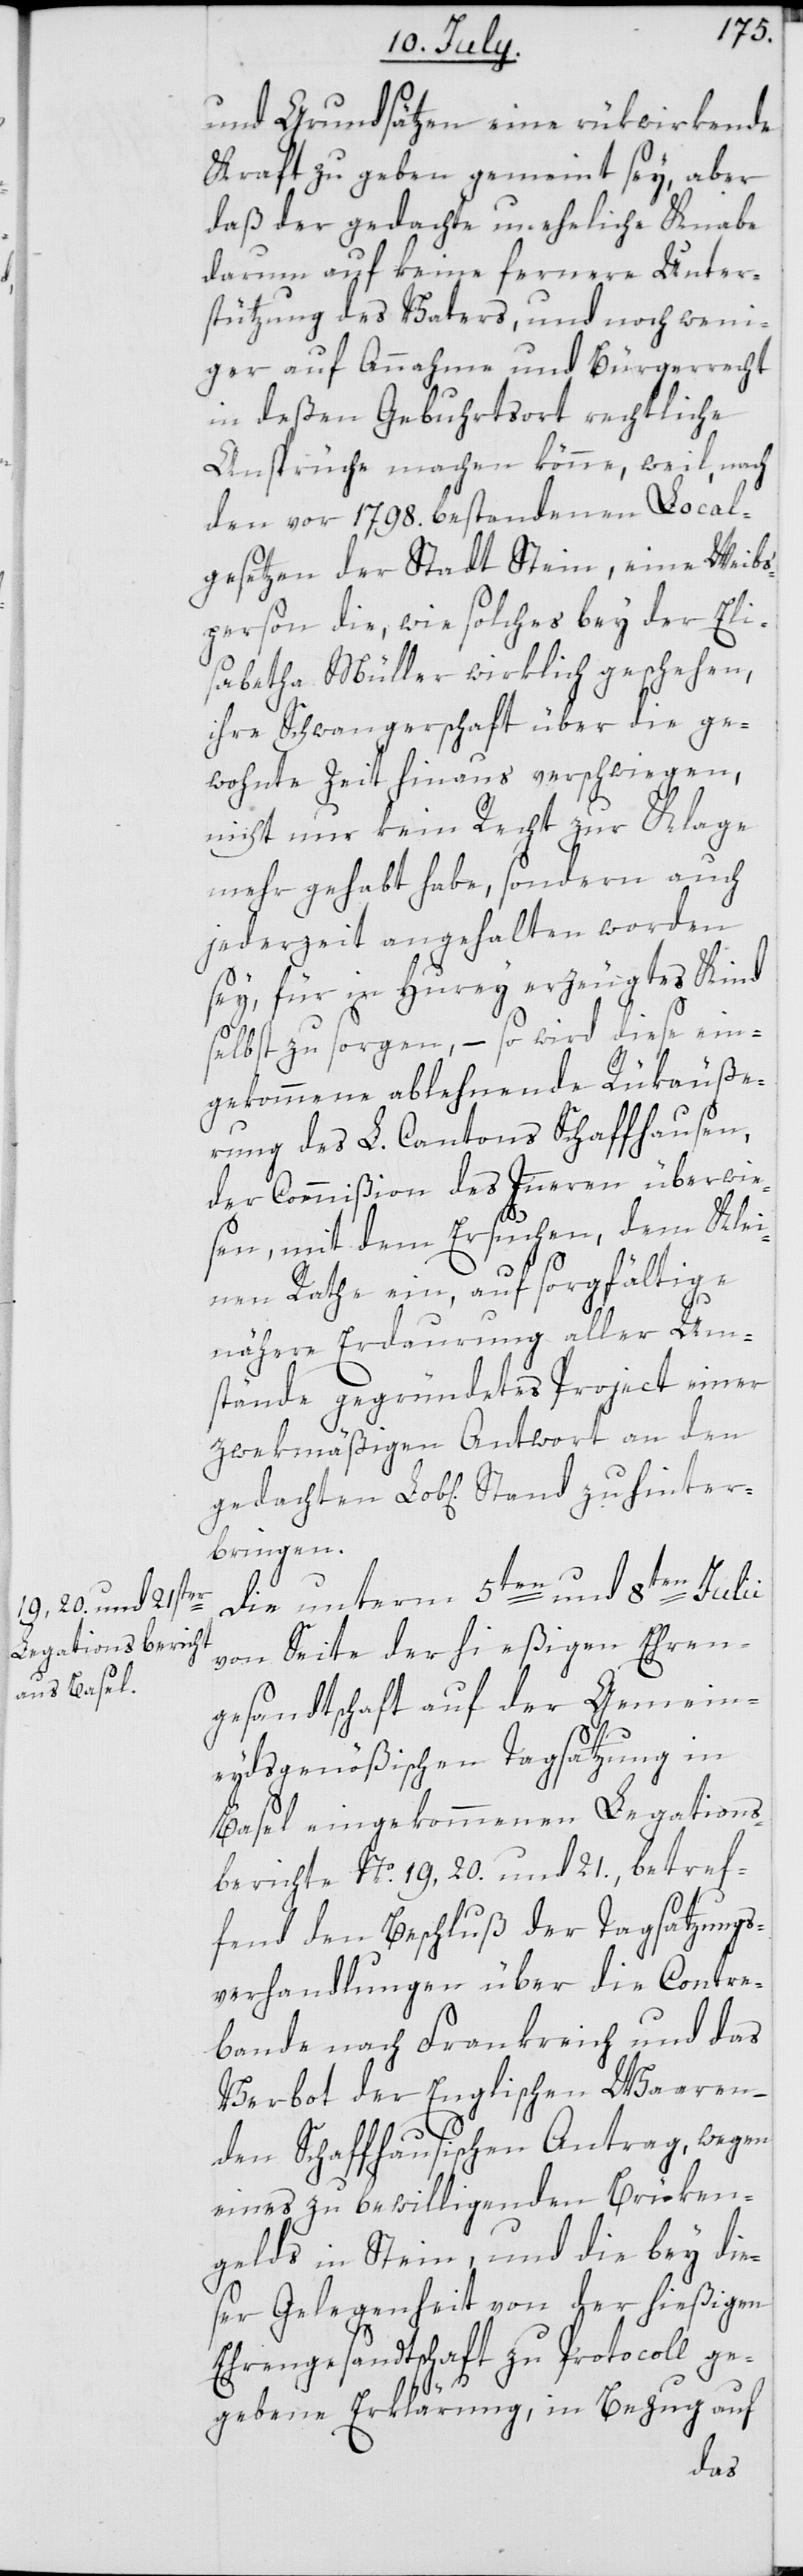
und Grundsätzen eine rükwirkende
Kraft zu geben gemeint sey, aber
daß der gedachte uneheliche Knabe
darum auf keine fernere Unter¬
stützung des Vaters, und noch weni¬
ger auf Annahme und Bürgerrecht
in deßen Geburtsort rechtliche
Ansprüche machen könne, weil, nach
den vor 1798. bestandenen Local¬
gesetzen der Stadt Stein, eine Weibs¬
person die, wie solches bey der Eli¬
sabetha Müller wirklich geschehen,
ihre Schwangerschaft über die ge¬
wohnte Zeit hinaus verschwiegen,
nicht nur kein Recht zur Klage
mehr gehabt habe, sondern auch
jederzeit angehalten worden
sey, für in Hurey erzeugtes Kind
selbst zu sorgen, – so wird diese ein¬
gekommene ablehnende Rükäuße¬
rung des L. Cantons Schaffhausen,
der Commißion des Innern überwie¬
sen, mit dem Ersuchen, dem Klei¬
nen Rathe ein, auf sorgfältige
ter¬
nähere Erdaurung aller Um¬
stände gegründetes Project einer
zwekmäßigen Antwort an den
bringen.
Die unterm 5ten und 8ten Julii
von Seite der hießigen Ehren¬
gesandtschaft auf der Gemein¬
eydsgenößischen Tagsatzung in
Basel eingekommenen Legations¬
berichte No. 19, 20. und 21., betref¬
fend den Beschluß der Tagsatzungs¬
verhandlungen über die Contre¬
bande nach Frankreich und das
Verbot der Englischen Waaren,
den Schaffhausischen Antrag, wegen
eines zu bewilligenden Brüken¬
gelds in Stein, und die bey die¬
ser Gelegenheit von der hießigen
Ehrengesandtschaft zu Protocoll ge¬
gebene Erklärung, in Bezug auf